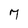
Character: 7